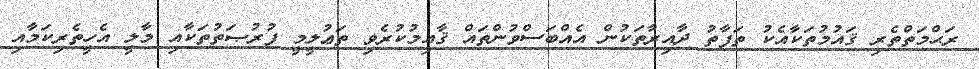
ރަޙްމަތްތެރި ޤައުމުތަކާއެކު ތަފާތު ދާއިރާތަކުން އެއްބަސްވުންތައް ޤާއިމުކުރެވި ތަޢުލީމީ ފުރުޞަތުތަކާއި މާލީ އެހީތެރިކަމާއި